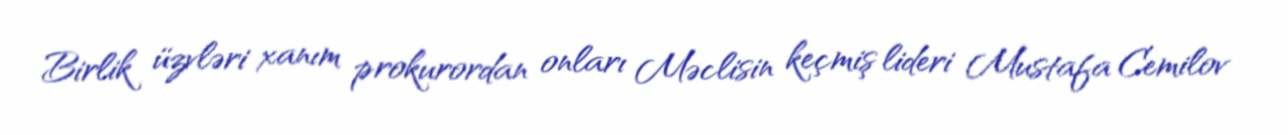
Birlik üzvləri xanım prokurordan onları Məclisin keçmiş lideri Mustafa Cemilov